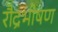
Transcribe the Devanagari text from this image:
रौद्रभीषण